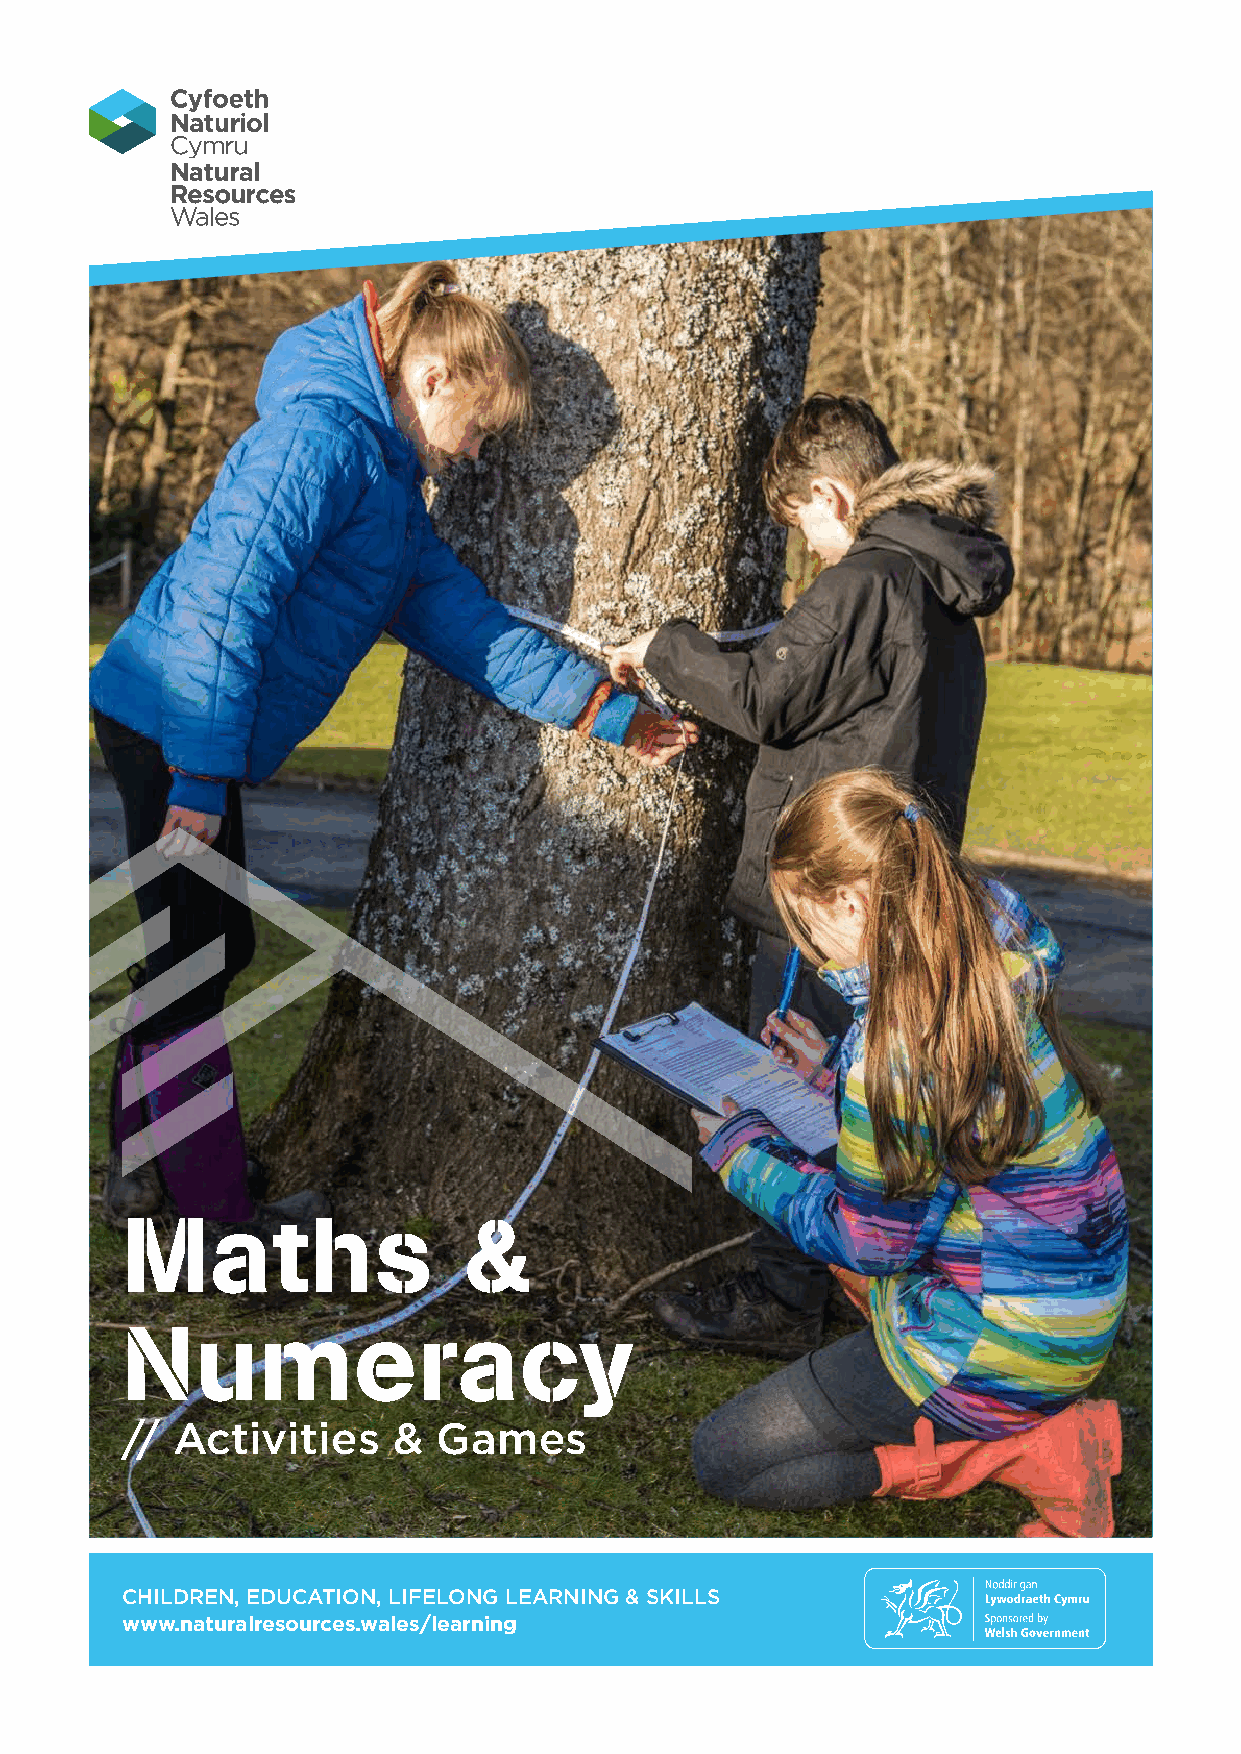
Maths                  &
 Numeracy
 // Activities     &  Games
 CHILDREN, EDUCATION, LIFELONG LEARNING & SKILLS
 www.naturalresources.wales/learning